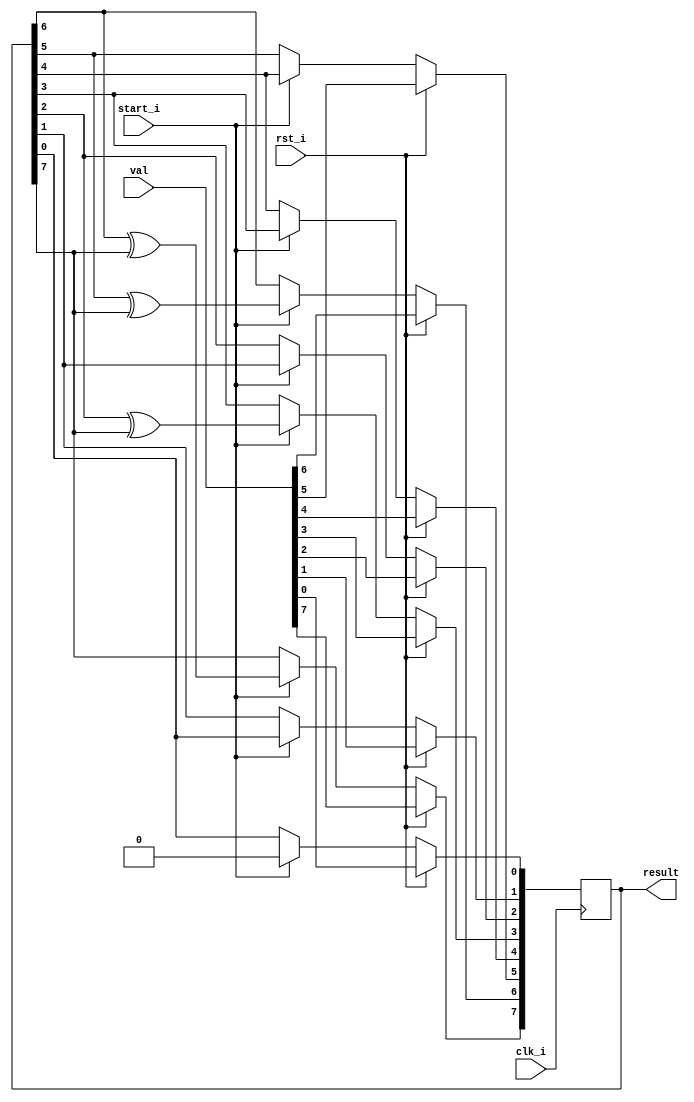
`timescale 1ns / 1ps

module lfsr_2 (
    input wire clk_i,
    input wire rst_i,
    input wire [ 7 : 0 ] val,
    input wire start_i,
    output wire [ 7 : 0 ] result
);

reg [7:0] register;
assign result = register;

always @(posedge clk_i) begin
    if (rst_i) begin
        register <= val;
    end else if (start_i) begin
        
        register[0] <= 0;
        register[1] <= register[0];
        register[2] <= register[1];
        register[3] <= register[2] ^ register[7];
        register[4] <= register[3];
        register[5] <= register[4];
        register[6] <= register[5] ^ register[7];
        register[7] <= register[6] ^ register[7];
    end
end
endmodule